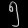
Digit: ၅